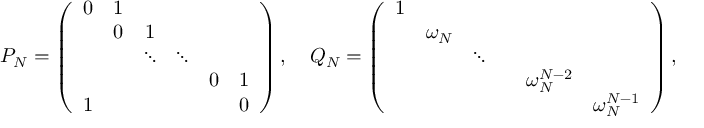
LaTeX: P _ { N } = \left( \begin{array} { c c c c c c } { { 0 } } & { { 1 } } & { { } } & { { } } & { { } } & { { } } \\ { { } } & { { 0 } } & { { 1 } } & { { } } & { { } } & { { } } \\ { { } } & { { } } & { { \ddots } } & { { \ddots } } & { { } } & { { } } \\ { { } } & { { } } & { { } } & { { } } & { { 0 } } & { { 1 } } \\ { { 1 } } & { { } } & { { } } & { { } } & { { } } & { { 0 } } \end{array} \right) , \quad Q _ { N } = \left( \begin{array} { c c c c c c } { { 1 } } & { { } } & { { } } & { { } } & { { } } & { { } } \\ { { } } & { { \omega _ { N } } } & { { } } & { { } } & { { } } & { { } } \\ { { } } & { { } } & { { \ddots } } & { { } } & { { } } & { { } } \\ { { } } & { { } } & { { } } & { { } } & { { \omega _ { N } ^ { N - 2 } } } & { { } } \\ { { } } & { { } } & { { } } & { { } } & { { } } & { { \omega _ { N } ^ { N - 1 } } } \end{array} \right) ,